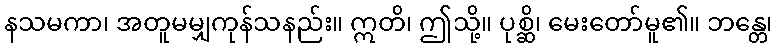
နသမကာ၊ အတူမမျှကုန်သနည်း။ ဣတိ၊ ဤသို့။ ပုစ္ဆိ၊ မေးတော်မူ၏။ ဘန္တေ၊